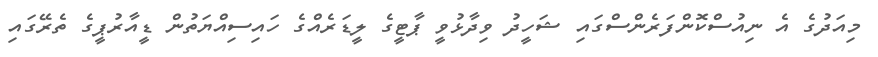
މިއަދުގެ އެ ނިއުސްކޮންފަރެންސްގައި ޝަހީދު ވިދާޅުވީ ޕާޓީގެ ލީޑަރެއްގެ ހައިސިއްޔަތުން ޑީއާރުޕީގެ ތެރޭގައި